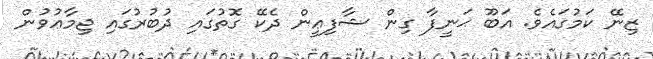
ޒިނޭ ކަމުގައެވެ. އަބޫ ޙަނީފާ ގިން ޝާފިޢީން ދެކޭ ގޮތުގައި ދުބުރުގައި ޖިމާޢުވުން